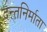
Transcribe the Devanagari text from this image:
दन्तनिर्माता